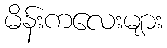
မိန်းကလေးများ